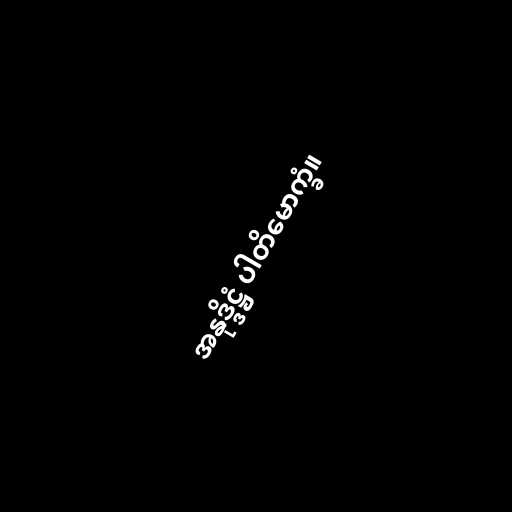
အနုဒ္ဒိဋ္ဌံ ပါတိမောက္ခံ။